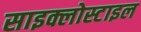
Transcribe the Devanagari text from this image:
साइक्लोस्टाइल